Vaccination report Assam 1896-1927 - 1896-1927
Year: 1896
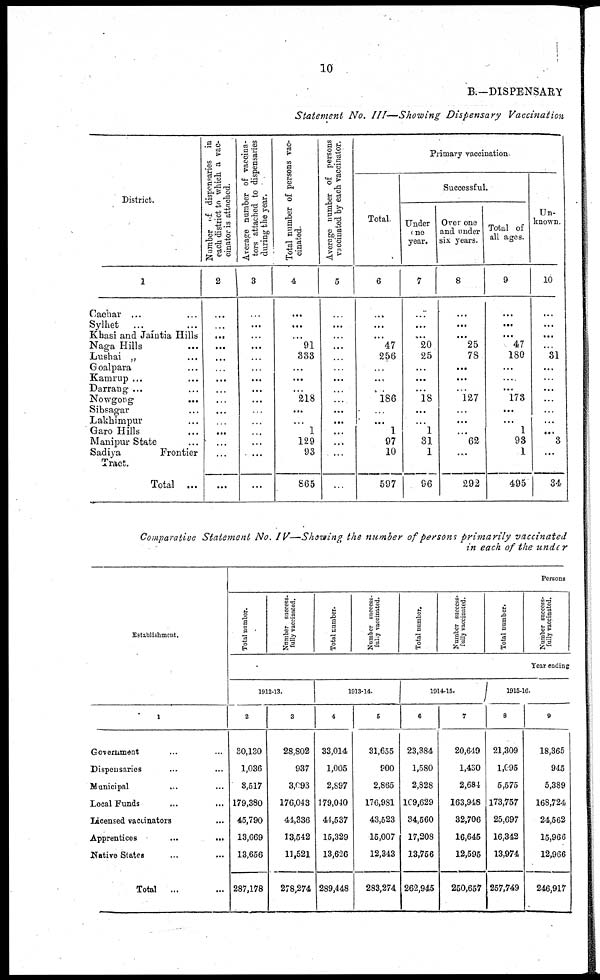
10
B.—DISPENSARY
Statement No. III—Showing Dispensary Vaccination
District.
1
Cachar ... ...
Sylhet
... ...
Khasi and Jaintia Hills
Naga Hills ...
Lushai „ ...
Goalpara ...
Kamrup ... ...
Darrang ... ...
Nowgong ... ...
Sibsagar ... ...
Lakhimpur ... ...
Garo Hills ...
Manipur State ...
Sadiya
Frontier
Tract.
Total ...
Number of dispensaries in
each district to which a vac-
cinator is attached.
2
...
...
...
...
...
...
...
...
...
...
...
...
...
...
...
Average number of vaccina-
tors attached to dispensaries
during the year.
3
...
...
...
...
...
...
...
...
...
...
...
...
...
...
...
Total number of persons vac-
cinated.
4
...
...
...
91
333
...
...
...
218
...
...
1
129
93
865
Average number of persons
vaccinated by each vaccinator.
5
...
...
...
...
...
...
...
...
...
...
...
...
...
...
...
Primary vaccination.
Total.
6
...
...
...
47
256
...
...
...
186
...
...
1
97
10
597
Successful.
Under
one
year.
7
...
...
...
20
25
...
...
...
18
...
...
1
31
1
96
Over one
and under
six years.
8
...
...
...
25
78
...
...
...
127
...
...
...
62
...
292
Total of
all ages.
9
...
...
...
47
180
...
...
...
173
...
...
1
93
1
495
Un-
known
10
...
...
...
...
31
...
...
...
...
...
...
...
3
...
34
Comparative Statement No. IV—Showing the number of persons primarily vaccinated
in each of the under
Establishment.
1
Government ... ... ...
Dispensaries ... ...
Municipal ... ...
Local Funds ... ...
Licensed vaccinators ...
Apprentices
...
...
Native States ... ...
Total
... ...
Persons
Total number.
Number success¬
fully vaccinated.
Total number.
Number success-
fully vaccinated.
Total number.
Number success-
fully vaccinated.
Total number.
Number success-
fully vaccinated.
Year ending
1912-13.
2
30,130
1,036
8,517
179,380
45,790
13,669
13,656
287,178
3
28,802
937
3,093
176,043
44,336
13,542
11,521
278,274
1913-14.
4
33,014
1,005
2,897
179,040
44,537
15,329
13,626
289,448
5
31,655
900
2,865
176,981
43,523
15,007
12,343
283,274
1914-15.
6
23,384
1,580
2,828
109,629
34,560
17,208
13,756
262,945
7
20,649
1,430
2,684
163,948
32,706
16,645
12,595
250,657
1915-16.
8
21,309
1,095
5,575
173,757
25,697
16,342
13,974
257,749
9
18,365
945
5,389
168,724
24,562
15,966
12,966
246,917